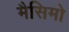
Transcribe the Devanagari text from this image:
मैसिमो